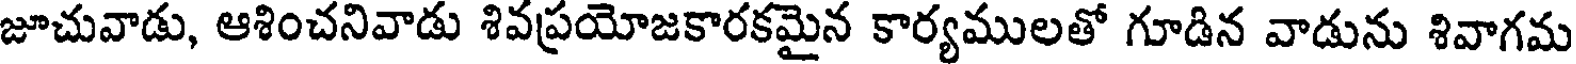
జూచువాడు, ఆశించనివాడు శివప్రయోజకారకమైన కార్యములతో గూడిన వాడును శివాగమ